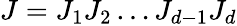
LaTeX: J=J_{1}J_{2}\dots J_{d-1}J_{d}